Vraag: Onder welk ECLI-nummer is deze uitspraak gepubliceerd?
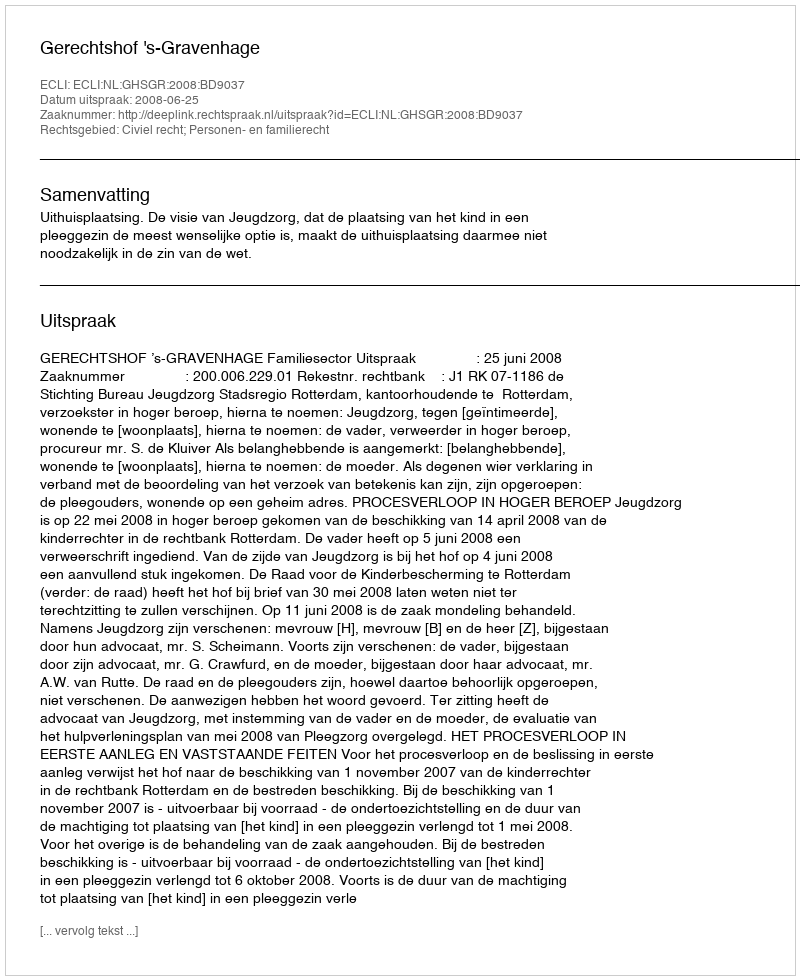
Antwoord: ECLI:NL:GHSGR:2008:BD9037